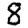
Digit: 8